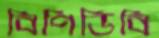
বিপিডিবি